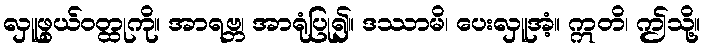
လှူဖွယ်ဝတ္ထုကို။ အာရဗ္ဘ၊ အာရုံပြု၍။ ဒဿာမိ၊ ပေးလှူအံ့။ ဣတိ၊ ဤသို့။